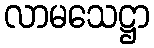
လာမသေဋ္ဌာ